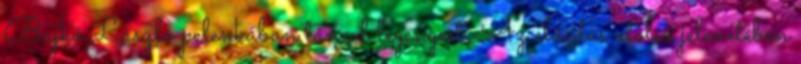
Bajkó László pelenkában táncol legényest. Az előadás utolsó jelenetében